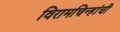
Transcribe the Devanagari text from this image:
विरामचिन्हांची